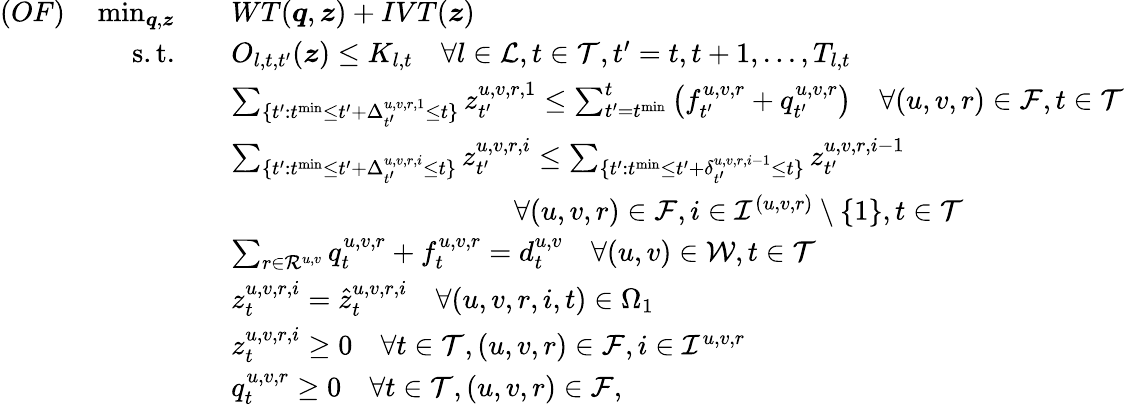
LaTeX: \begin{array}{rl}{(OF)\quad\operatorname*{min}_{\boldsymbol{q},\boldsymbol{z}}\quad}&{WT(\boldsymbol{q},\boldsymbol{z})+IVT(\boldsymbol{z})}\\ {\mathrm{s.t.}\quad}&{O_{l,t,t^{\prime}}(\boldsymbol{z})\leq K_{l,t}\quad\forall l\in\mathcal{L},t\in\mathcal{T},t^{\prime}=t,t+1,...,T_{l,t}}\\ &{\sum_{\{ t^{\prime}:t^{\mathrm{min}}\leq t^{\prime}+\Delta_{t^{\prime}}^{u,v,r,1}\leq t\} }z_{t^{\prime}}^{u,v,r,1}\leq\sum_{t^{\prime}=t^{\mathrm{min}}}^{t}\left(f_{t^{\prime}}^{u,v,r}+q_{t^{\prime}}^{u,v,r}\right)\quad\forall(u,v,r)\in\mathcal{F},t\in\mathcal{T}}\\ &{\sum_{\{ t^{\prime}:t^{\mathrm{min}}\leq t^{\prime}+\Delta_{t^{\prime}}^{u,v,r,i}\leq t\} }z_{t^{\prime}}^{u,v,r,i}\leq\sum_{\{ t^{\prime}:t^{\mathrm{min}}\leq t^{\prime}+\delta_{t^{\prime}}^{u,v,r,i-1}\leq t\} }z_{t^{\prime}}^{u,v,r,i-1}}\\ &{\qquad\qquad\qquad\qquad\qquad\forall(u,v,r)\in\mathcal{F},i\in\mathcal{I}^{(u,v,r)}\setminus\{ 1\} ,t\in\mathcal{T}}\\ &{\sum_{r\in\mathcal{R}^{u,v}}q_{t}^{u,v,r}+f_{t}^{u,v,r}=d_{t}^{u,v}\quad\forall(u,v)\in\mathcal{W},t\in\mathcal{T}}\\ &{z_{t}^{u,v,r,i}=\hat{z}_{t}^{u,v,r,i}\quad\forall(u,v,r,i,t)\in\Omega_{1}}\\ &{z_{t}^{u,v,r,i}\geq 0\quad\forall t\in\mathcal{T},(u,v,r)\in\mathcal{F},i\in\mathcal{I}^{u,v,r}}\\ &{q_{t}^{u,v,r}\geq 0\quad\forall t\in\mathcal{T},(u,v,r)\in\mathcal{F},}\end{array}